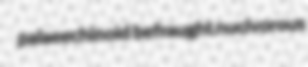
palaeechinoid befraught nucivorous